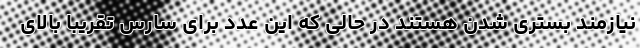
نیازمند بستری شدن هستند در حالی که این عدد برای سارس تقریبا بالای